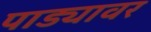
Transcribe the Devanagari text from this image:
पाड्यावर